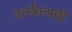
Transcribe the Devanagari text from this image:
वर्ल्डकपची